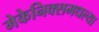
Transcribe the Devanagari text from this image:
मेकेनिक्समधल्या